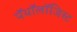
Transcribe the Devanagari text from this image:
पॅथॉलॉजिस्ट